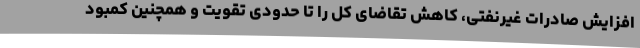
افزایش صادرات غیرنفتی، کاهش تقاضای کل را تا حدودی تقویت و همچنین کمبود